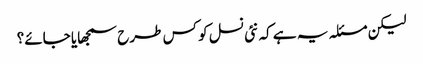
لیکن مسئلہ یہ ہے کہ نئی نسل کو کس طرح سمجھایا جائے؟